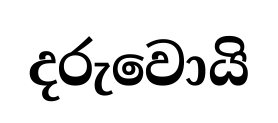
දරුවොයි